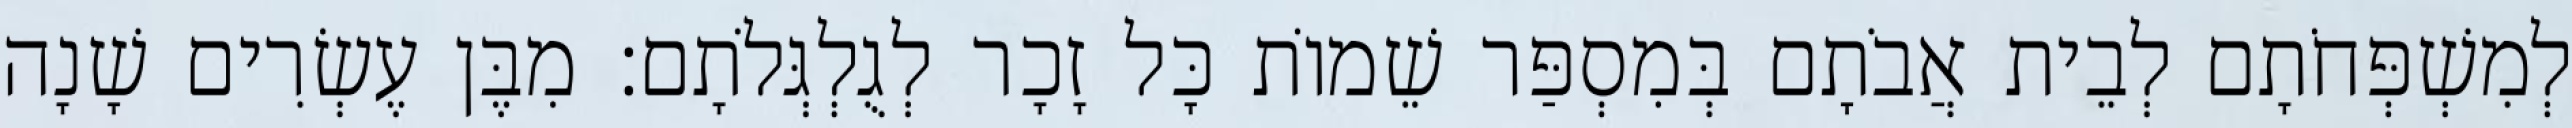
לְמִשְׁפְּחֹתָם לְבֵית אֲבֹתָם בְּמִסְפַּר שֵׁמוֹת כָּל זָכָר לְגֻלְגְּלֹתָם׃ מִבֶּן עֶשְׂרִים שָׁנָה